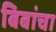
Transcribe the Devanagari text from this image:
बिबांचा